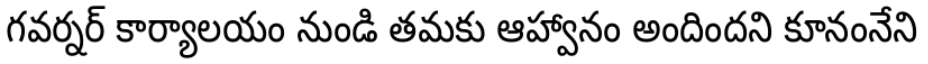
గవర్నర్ కార్యాలయం నుండి తమకు ఆహ్వానం అందిందని కూనంనేని